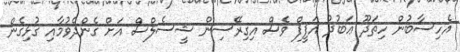
އެހިސާބުން ހިތަދޫ ޢަބުދު އަފީފް ވެސް އިގިރޭސިން ޝީސެލްސް އަށް ގެންދެވުމާއި ގުޅިގެން